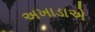
અખાડાએ